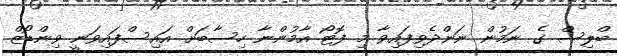
ބްލިސް ގެ ނަމުން ނަންދެވިފައިވާ މި ފޮޓޯ އާމުންނާ ހިސާބަށް އައިސްފައިވަނީ ވިންޑޯޒް